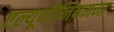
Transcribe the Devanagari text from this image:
एल्यूमीनियमना